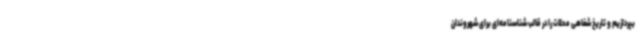
بپردازیم و تاریخ شفاهی محلات را در قالب شناسنامه‌ای برای شهروندان